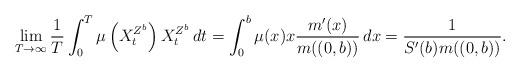
LaTeX: \begin{align*}\lim_{T\rightarrow\infty}\frac{1}{T}\int_0^T \mu\left(X_t^{Z^{b}}\right)X_t^{Z^{b}}\,dt = \int_0^{b} \mu(x)x \frac{m'(x)}{m((0,b))}\,dx = \frac{1}{S'(b)m((0,b))}.\end{align*}